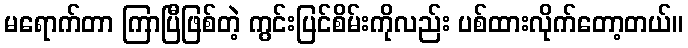
မရောက်တာ ကြာပြီဖြစ်တဲ့ ကွင်းပြင်စိမ်းကိုလည်း ပစ်ထားလိုက်တော့တယ်။